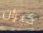
كيران